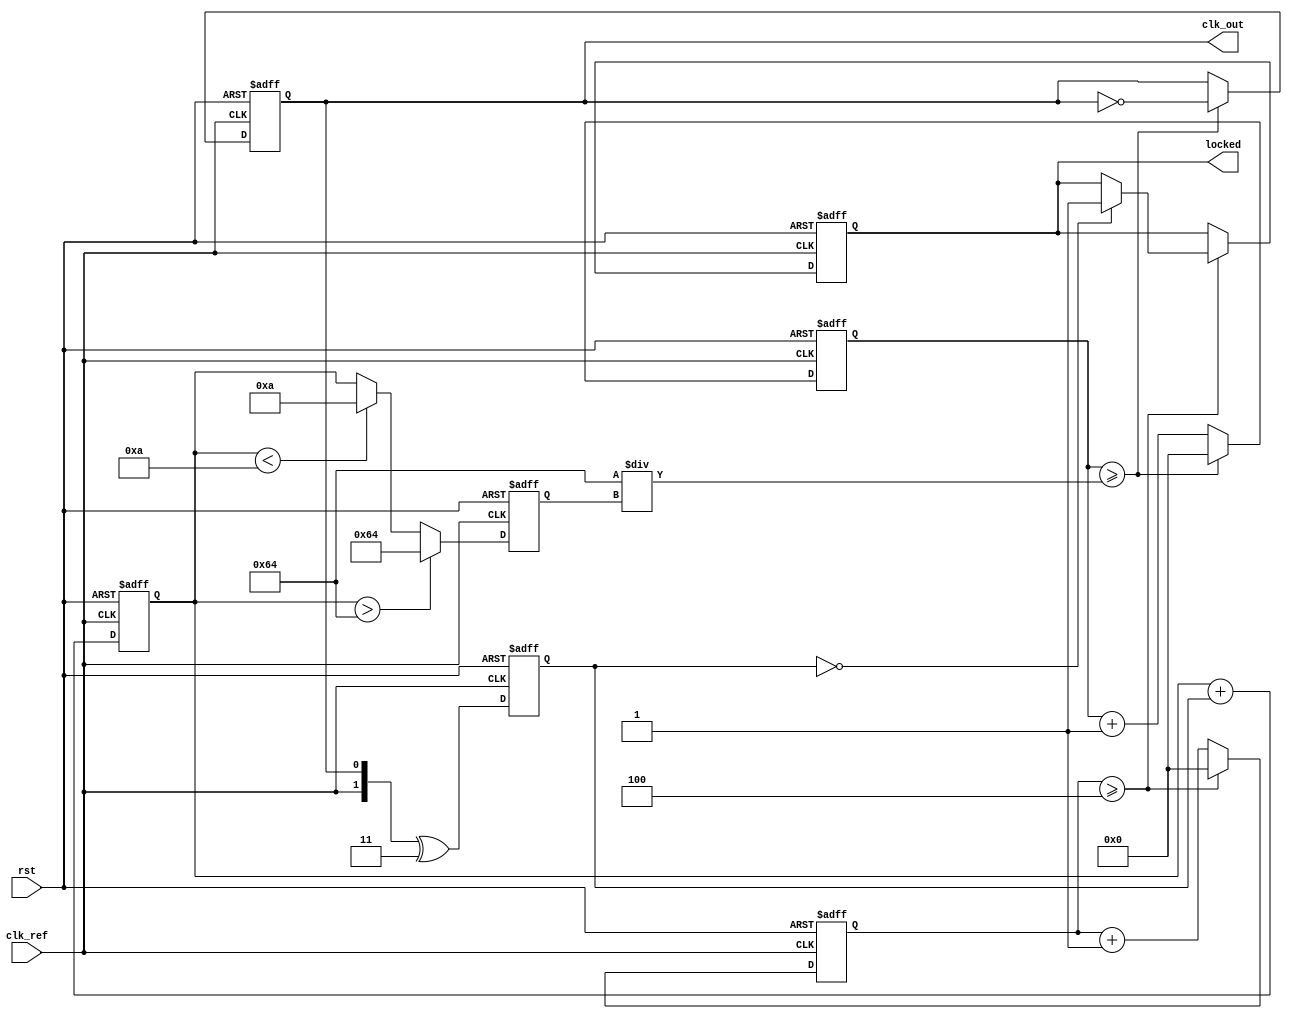
module linear_pll (
    input wire clk_ref,           // Reference clock input
    input wire rst,               // Reset signal
    output reg clk_out,           // Output clock signal
    output reg locked             // Lock status output
);

    // Parameters for PLL
    parameter integer DIVIDER = 4; // Feedback divider
    parameter integer VCO_MAX_FREQ = 100; // Max VCO frequency
    parameter integer VCO_MIN_FREQ = 10;  // Min VCO frequency

    // Internal signals
    reg [1:0] phase_detector_out; // Phase detector output
    reg [7:0] loop_filter_out;     // Loop filter output (control voltage)
    reg [7:0] vco_out;             // VCO output frequency control
    reg [31:0] counter;            // Counter for clock generation
    reg [31:0] vco_counter;        // VCO counter for output clock generation

    // Phase Detector (PD)
    always @(posedge clk_ref or posedge rst) begin
        if (rst) begin
            phase_detector_out <= 2'b00;
        end else begin
            // Simple XOR phase detector
            phase_detector_out <= {clk_ref, clk_out} ^ 2'b11; // Example phase comparison
        end
    end

    // Loop Filter (LF)
    always @(posedge clk_ref or posedge rst) begin
        if (rst) begin
            loop_filter_out <= 8'b0;
        end else begin
            // Simple proportional control
            loop_filter_out <= loop_filter_out + phase_detector_out; // Integrate error signal
        end
    end

    // Voltage-Controlled Oscillator (VCO)
    always @(posedge clk_ref or posedge rst) begin
        if (rst) begin
            vco_out <= VCO_MIN_FREQ;
            clk_out <= 0;
            vco_counter <= 0;
            counter <= 0;
            locked <= 0;
        end else begin
            // Update VCO output frequency based on loop filter output
            vco_out <= (loop_filter_out > VCO_MAX_FREQ) ? VCO_MAX_FREQ :
                        (loop_filter_out < VCO_MIN_FREQ) ? VCO_MIN_FREQ : loop_filter_out;

            // Generate output clock based on VCO output
            vco_counter <= vco_counter + 1;
            if (vco_counter >= (100 / vco_out)) begin
                clk_out <= ~clk_out; // Toggle output clock
                vco_counter <= 0;
            end

            // Feedback mechanism (simple divider)
            counter <= counter + 1;
            if (counter >= DIVIDER) begin
                // Check for lock condition (simple example)
                if (phase_detector_out == 2'b00) begin
                    locked <= 1; // PLL is locked
                end
                counter <= 0;
            end
        end
    end

endmodule